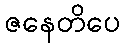
ဇနေတိပေ